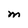
Character: M